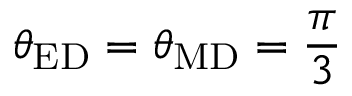
\theta _ { \mathrm { E D } } = \theta _ { \mathrm { M D } } = \frac { \pi } { 3 }